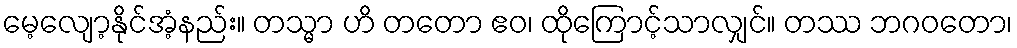
မေ့လျော့နိုင်အံ့နည်း။ တသ္မာ ဟိ တတော ဧဝ၊ ထိုကြောင့်သာလျှင်။ တဿ ဘဂဝတော၊